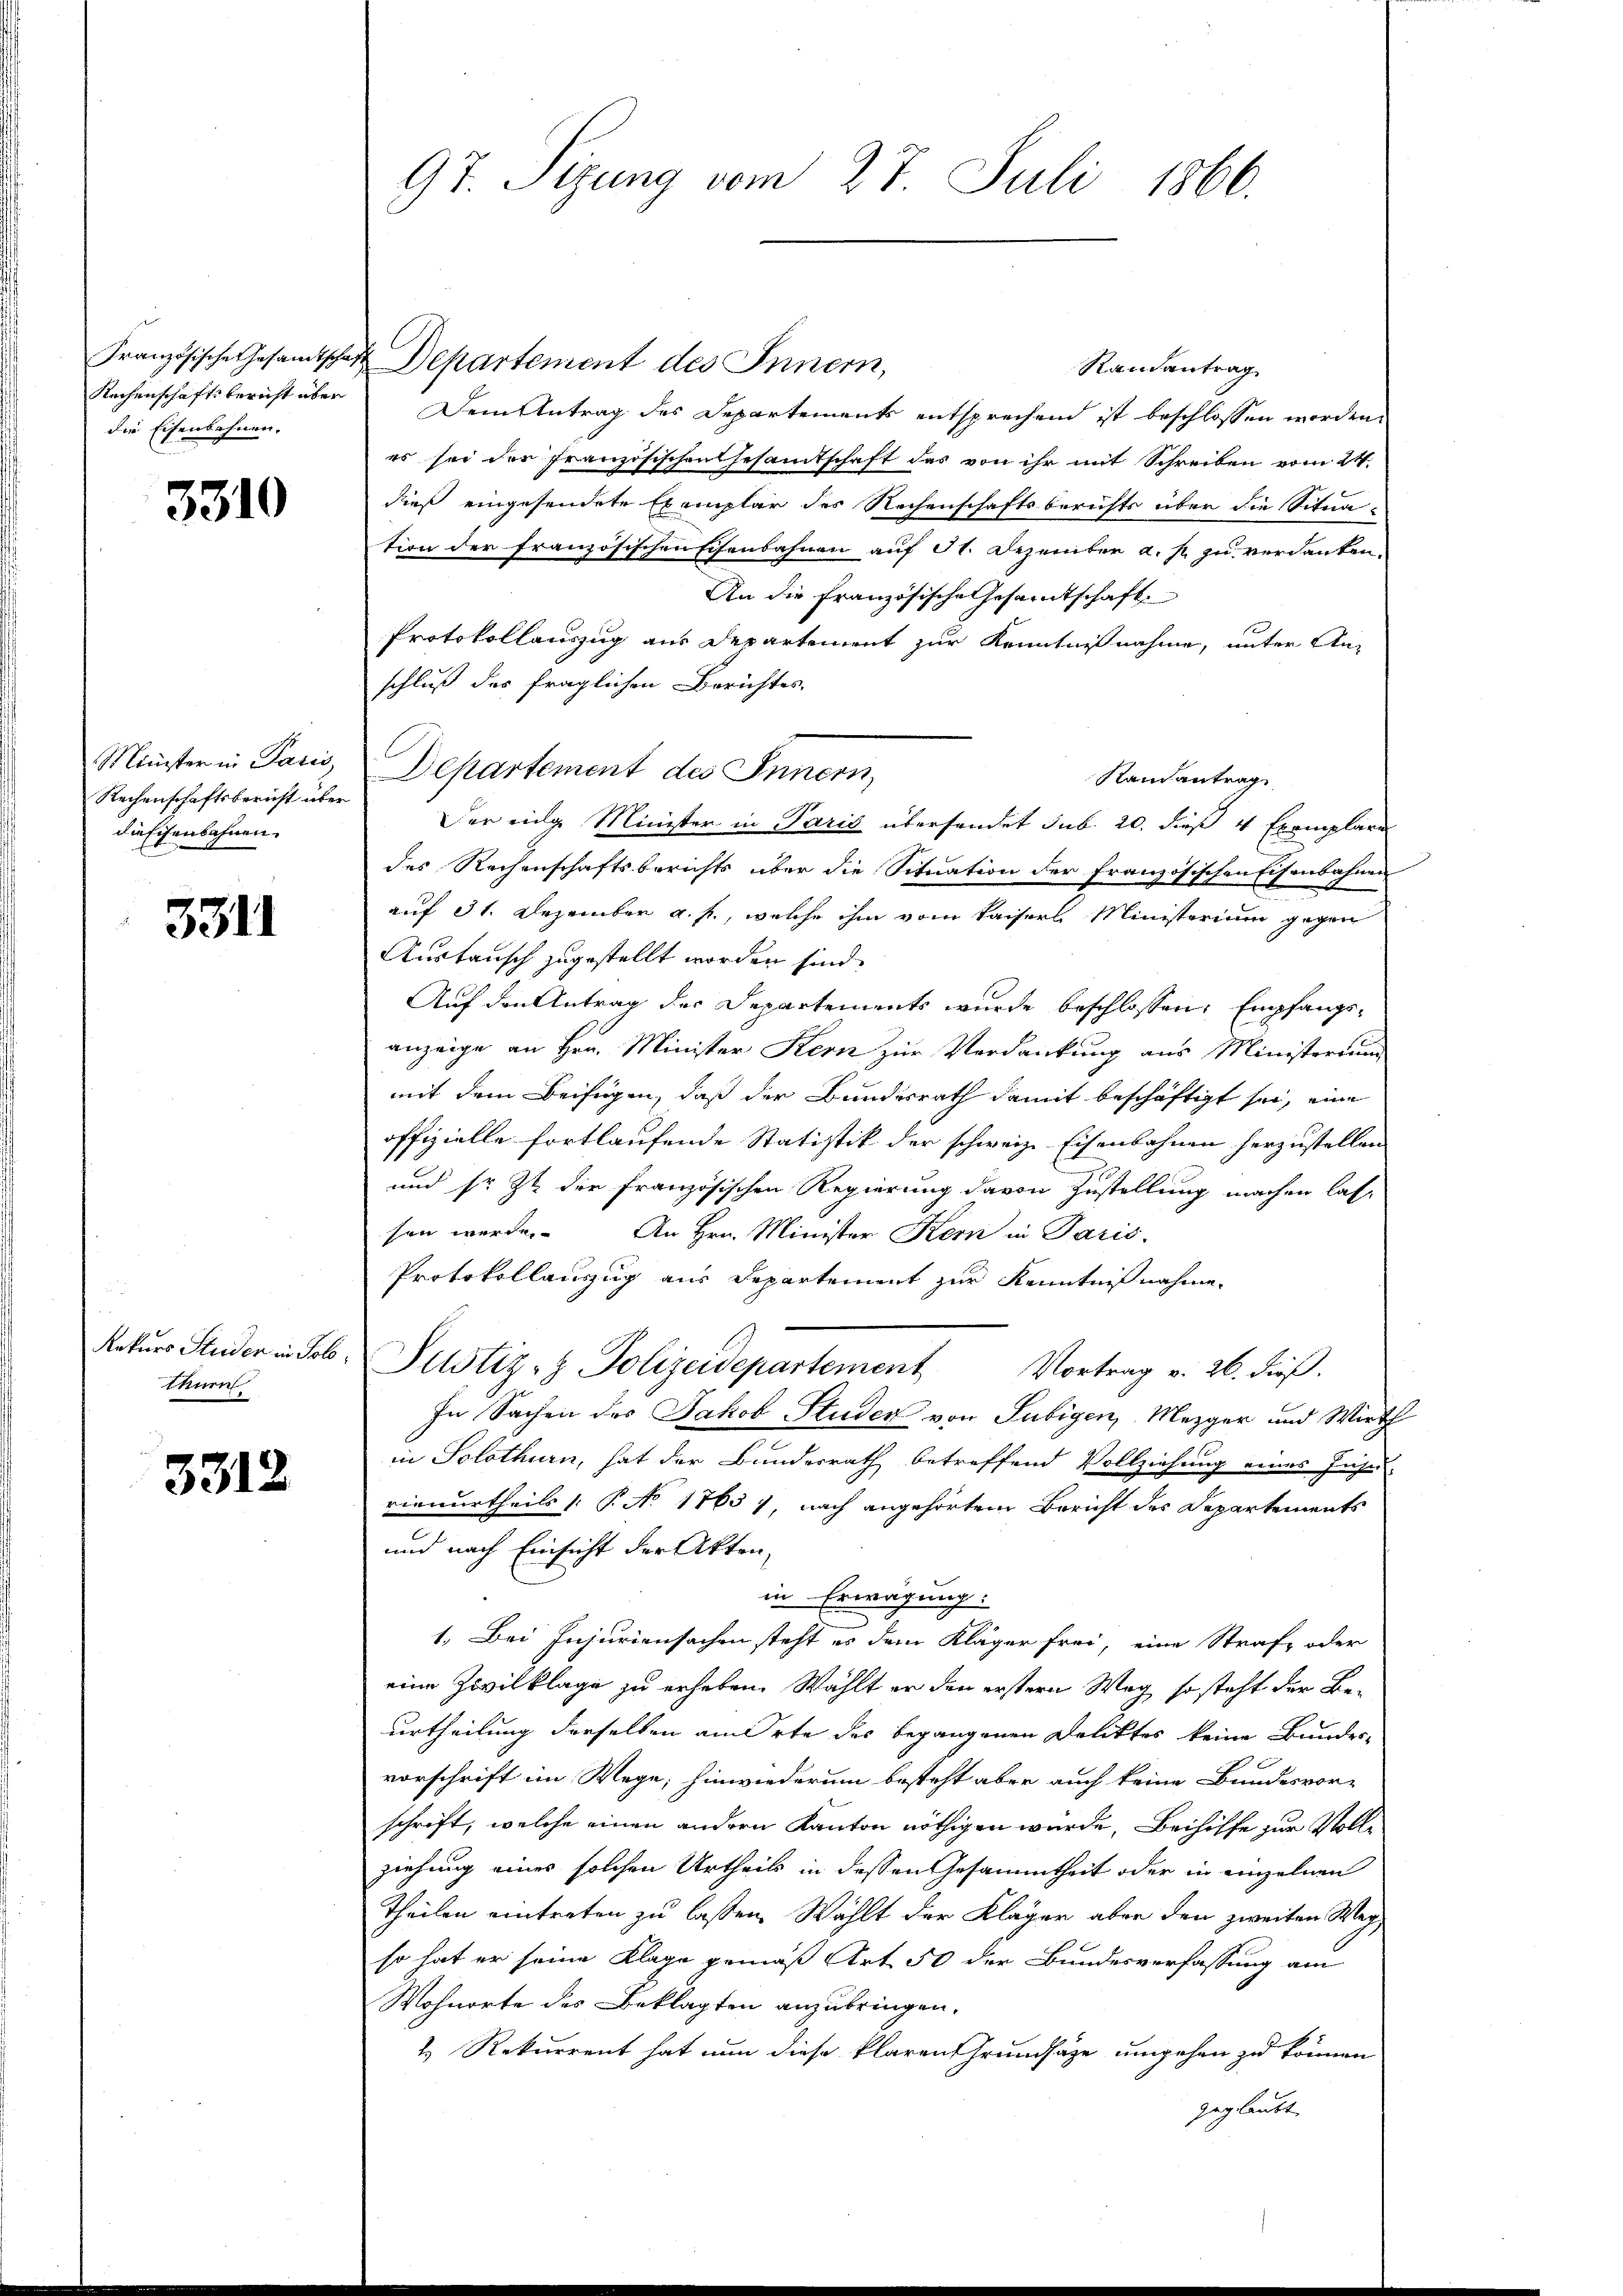
Französische Gesandtsche
Kachenschaftsbericht über
die Eisenbahnen.

3310

Minister in Paris
Rechenschaftsbericht über
die Eisenbahnen.

3311

Rektors Studer in Solo
thurn

3312

97. Sizung vom 27. Juli 1866.

& Departement des Innern,
Randantrag
Dem Antrag des Departements entsprechend ist beschlossen worden,
es sei der Französischen Gesamtschaft das von ihr mit Schreiben vom 24.
dieß eingesendete Exemplar des Rechenschaftsberichts über die Sination der französischenschenbahnen auf 1. Dezember a. p. zu verdanken:
An die Französische Gesamtschaft
Protokollauszug aus Departement zur Kenntnißnahme, unter Anschluß des fraglichen Berichtes.
Departement des Innern,
Raisantrag
Der einge Minister in Paris übersendet sub. 20. dieß 4 Exemplare
des Rechenschaftsberichts über die Situation der französischen Eisenbahnen
auf 31. Dezember a. f., welche ihm vom Kaisers Ministerium gegen
Austausch zugestellt worden sind.
Auf den Antrag der Departements wurde beschlossen, Empfangsanzeige an Hrn. Minister Kern zur Verdankung aus Ministerium
mit dem Beifügen, daß der Bundesrath damit beschäftigt sei, eine
offizielle fortlaufende Statistik der schweiz. Eisenbahnen herzustellen
und sr. Zt. der französischen Regierung davon Zustellung machen lassen werde. An Hrn. Minister Kern in Paris,
Protokollauszug aus Departement zur Kenntnißnahme.
Justiz- & Polizeidepartement Vortrag v. 26. dieβ.
In Sachen des Jakob Studer von Subigen, Mezger und Wirth
in Solothurn, hat der Bundesrath betreffend Vollziehung eines Jahr-
vienurtheils P. No 1763) nach angehörtem Bericht des Departements
und nach Einsicht der Akten,
in Erwägung.
1. Bei Injuriensachen steht es dem Kläger frei, eine Strafe oder
eine Zivilklage zu erheben. Wählt er den erstern Weg so steht der Beurtheilung derselben am Orte des begangenen Deliktes keine Bundesvorschrift im Wege; hinwiederum besteht aber auch keine Bundesvor-
schrift, welche einen andern Kanton nöthigen wurde, Beihilfe zur Vollziehung eines solchen Urtheils in dessen Gesammtheit oder in einzelnen
Theilen eintreten zu lassen. Wählt der Kläger aber den zweiten Wegso hat er seine Klage gemäß Art 50 der Bundesverfassung am
Wohnorte des Beklagten anzubringen.
1. Rekurrent hat nun diese klaren Grundsätze umgehen zu können
geglaubt,